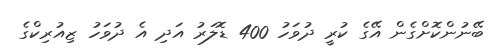
ބޭނުންކޮށްގެން އޭގެ ކުރީ ދުވަހު 400 ޑޮލަރު އަދި އެ ދުވަހު ޒިއުރިކްގެ